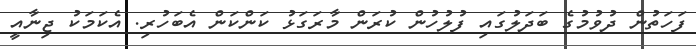
ފަހަތުން ދުވުމުގެ ބަދަލުގައި ފުލުހުން ކުރަން މާރަގަޅު ކަންކަން އެބަހުރި. އެކަމަކު ޖިނާއީ